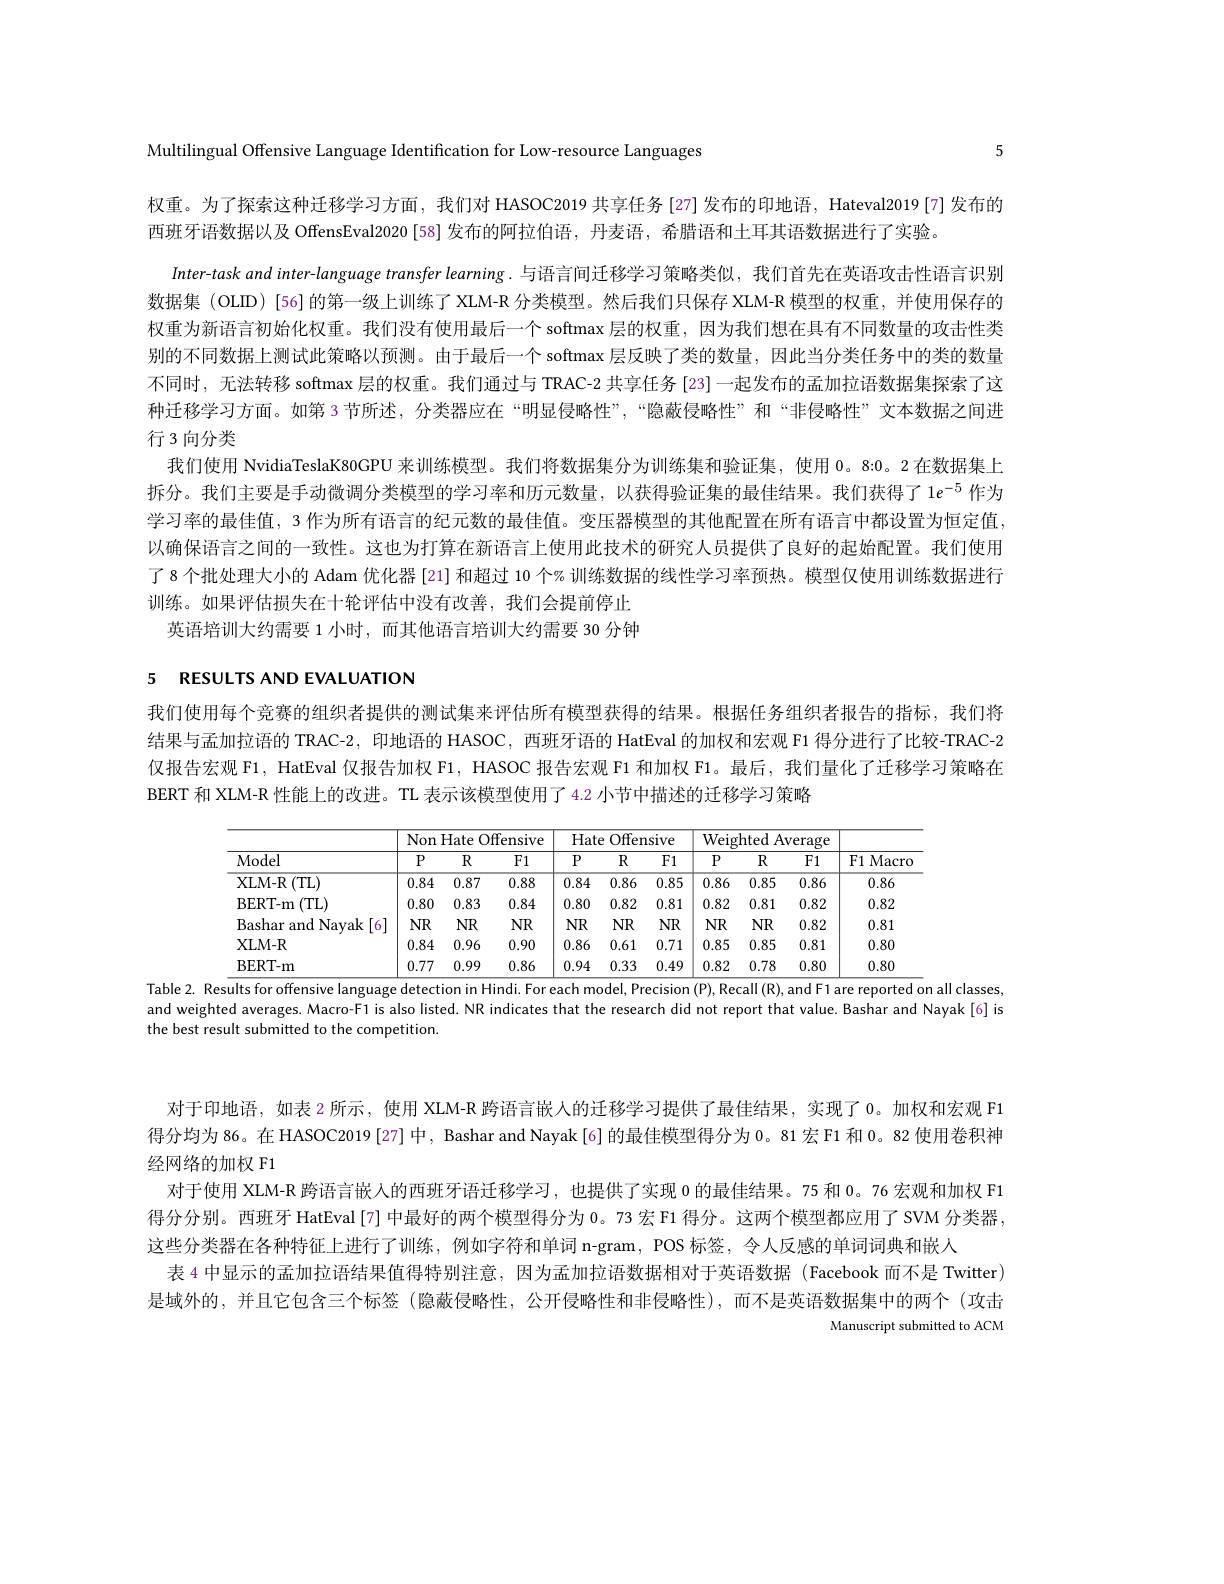
5

Multilingual Offensive Language Identification for Low-resource Languages

权重。为了探索这种迁移学习方面，我们对 HASOC2019 共享任务 [27] 发布的印地语，Hateval2019 [7] 发布的
西班牙语数据以及 OffensEval2020[58]发布的阿拉伯语，丹麦语，希腊语和土耳其语数据进行了实验。
Inter-task and inter-language transfer learning. 与语言间迁移学习策略类似，我们首先在英语攻击性语言识别数据集 (OLID) [56] 的第一级上训练了 XLM-R 分类模型。然后我们只保存 XLM-R 模型的权重，并使用保存的权重为新语言初始化权重。我们没有使用最后一个 softmax 层的权重，因为我们想在具有不同数量的攻击性类别的不同数据上测试此策略以预测。由于最后一个 softmax 层反映了类的数量，因此当分类任务中的类的数量不同时，无法转移 softmax 层的权重。我们通过与 TRAC-2 共享任务 {23}一起发布的孟加拉语数据集探索了这种迁移学习方面。如第 3 节所述，分类器应在“明显侵略性”,“隐蔽侵略性”和“非侵略性”文本数据之间进行 3 向分类
我们使用 NvidiaTeslaK80GPU 来训练模型。我们将数据集分为训练集和验证集，使用 0。8:0。2 在数据集上拆分。我们主要是手动微调分类模型的学习率和历元数量，以获得验证集的最佳结果。我们获得了 1$e^{-5}$作为学习率的最佳值，3 作为所有语言的纪元数的最佳值。变压器模型的其他配置在所有语言中都设置为恒定值， 以确保语言之间的一致性。这也为打算在新语言上使用此技术的研究人员提供了良好的起始配置。我们使用了8 个批处理大小的 Adam 优化器 [21] 和超过 10 个% 训练数据的线性学习率预热。模型仅使用训练数据进行训练。如果评估损失在十轮评估中没有改善，我们会提前停止
英语培训大约需要 1 小时，而其他语言培训大约需要 30 分钟

# 5 RESULTS AND EVALUATION

我们使用每个竞赛的组织者提供的测试集来评估所有模型获得的结果。根据任务组织者报告的指标，我们将结果与孟加拉语的 TRAC-2, 印地语的 HASOC, 西班牙语的 HatEval 的加权和宏观 F1 得分进行了比较-TRAC-2仅报告宏观 F1, HatEval 仅报告加权 F1, HASOC 报告宏观 F1 和加权 F1。最后，我们量化了迁移学习策略在BERT 和 XLM-R 性能上的改进。TL 表示该模型使用了4.2 小节中描述的迁移学习策略

<table>
	<tbody>
		<tr>
			<th rowspan="2">Model</th>
			<th colspan="3">Non Hate eOffensive</th>
			<th colspan="3">Hate e Offensive</th>
			<th colspan="3">Weighted Average</th>
			<th rowspan="2">F1 Macro</th>
		</tr>
		<tr>
			<th>$P$</th>
			<th>$R$</th>
			<th>F1</th>
			<th>$P$</th>
			<th>$R$</th>
			<th>F1</th>
			<th>$P$</th>
			<th>$R$</th>
			<th>F1</th>
		</tr>
		<tr>
			<td>XLM- R (TL)</td>
			<td>0.84</td>
			<td>0.87</td>
			<td>0.88</td>
			<td>0.84</td>
			<td>0.86</td>
			<td>0.85</td>
			<td>0.86</td>
			<td>0.85</td>
			<td>0.86</td>
			<td>0.86</td>
		</tr>
		<tr>
			<td>BERT- m (TL)</td>
			<td>0.80</td>
			<td>0.83</td>
			<td>0.84</td>
			<td>0.80</td>
			<td>0.82</td>
			<td>0.81</td>
			<td>0.82</td>
			<td>0.81</td>
			<td>0.82</td>
			<td>0.82</td>
		</tr>
		<tr>
			<td>Bashar and Navak 6</td>
			<td>$NR$</td>
			<td>$NR$</td>
			<td>$NR$</td>
			<td>$NR$</td>
			<td>$NR$</td>
			<td>$NR$</td>
			<td>$NR$</td>
			<td>$NR$</td>
			<td>0.82</td>
			<td>0.81</td>
		</tr>
		<tr>
			<td>XLM- R</td>
			<td>0.84</td>
			<td>0.96</td>
			<td>0.90</td>
			<td>0.86</td>
			<td>0.61</td>
			<td>0.71</td>
			<td>0.85</td>
			<td>0.85</td>
			<td>0.81</td>
			<td>0.80</td>
		</tr>
		<tr>
			<td>BERT- m</td>
			<td>0.77</td>
			<td>0.99</td>
			<td>0.86</td>
			<td>0.94</td>
			<td>0.33</td>
			<td>0.49</td>
			<td>0.82</td>
			<td>0.78</td>
			<td>0.80</td>
			<td>0.80</td>
		</tr>
	</tbody>
</table>
Table 2. Results for offensive language detection in Hindi. For each model, Precision $(\mathsf{P}),\mathsf{Recall}(\mathsf{R}),\mathsf{and}\mathsf{F}1$ are reported on all classes,

and weighted averages. Macro-F1 is also listed. NR indicates that the research did not report that value. Bashar and Nayak[6] is
the best result submitted to the competition.

对于印地语，如表 2 所示，使用 XLM-R 跨语言嵌人的迁移学习提供了最佳结果，实现了 0。加权和宏观 F1得分均为 86。在 HASOC2019[27] 中，Bashar and Nayak[6] 的最佳模型得分为 0。81 宏 F1 和 0。82 使用卷积神经网络的加权 F1
对于使用 XLM-R 跨语言嵌入的西班牙语迁移学习，也提供了实现0的最佳结果。75 和 0。76 宏观和加权 F1得分分别。西班牙 HatEval [7] 中最好的两个模型得分为 0。73 宏 F1 得分。这两个模型都应用了 SVM 分类器， 这些分类器在各种特征上进行了训练，例如字符和单词 n-gram, POS 标签，令人反感的单词词典和嵌人
表 4 中显示的孟加拉语结果值得特别注意，因为孟加拉语数据相对于英语数据(Facebook 而不是 Twitter) 是域外的，并且它包含三个标签(隐蔽侵略性，公开侵略性和非侵略性),而不是英语数据集中的两个(攻击
Manuscript submitted to ACM